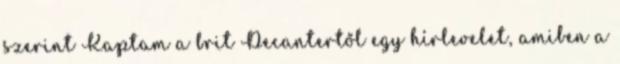
szerint Kaptam a brit Decantertől egy hírlevelet, amiben a